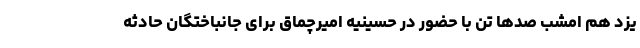
یزد هم امشب صدها تن با حضور در حسینیه امیرچماق برای جانباختگان حادثه